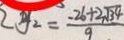
y _ { 2 } = \frac { - 2 6 + 2 \sqrt { 3 4 } } { 9 }